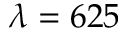
\lambda = 6 2 5